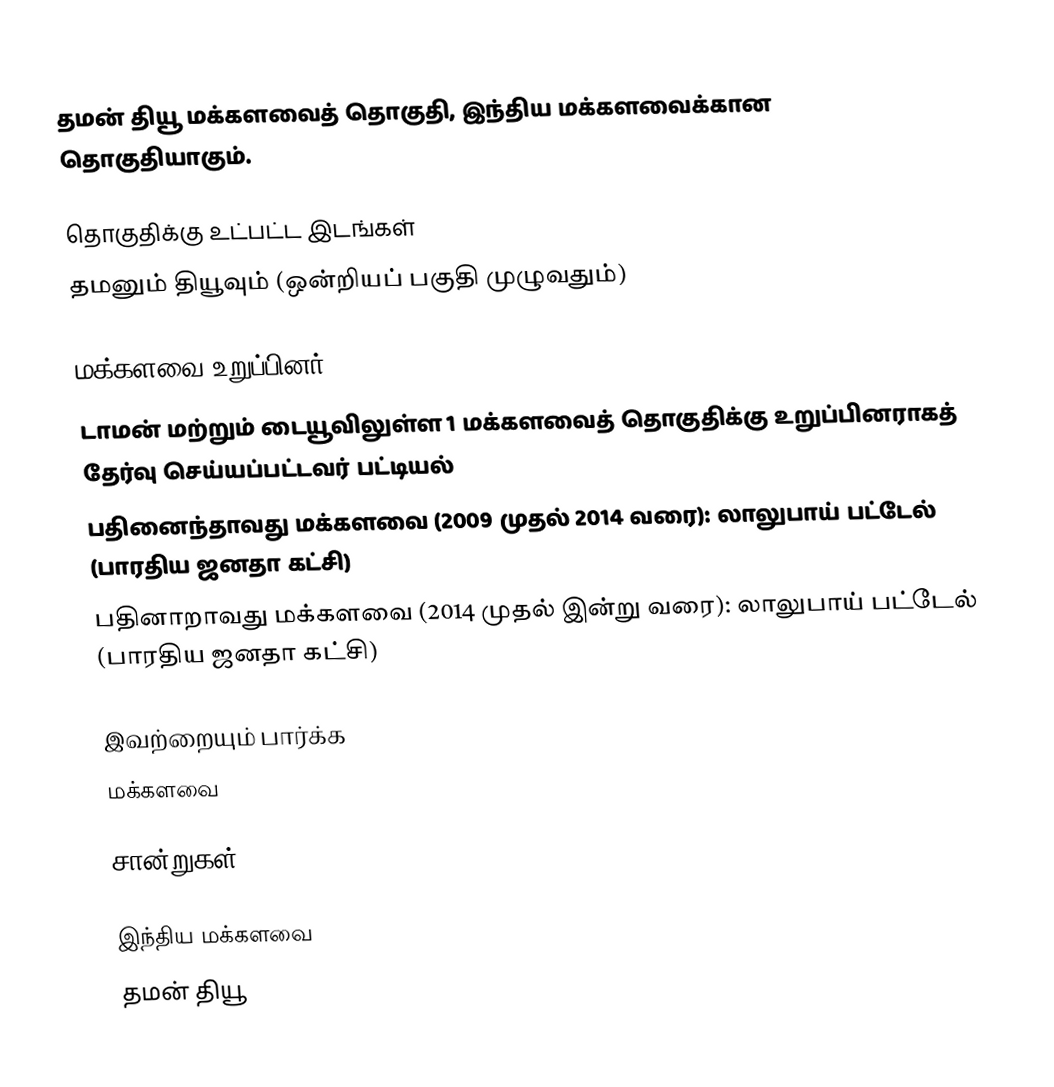
தமன் தியூ மக்களவைத் தொகுதி, இந்திய மக்களவைக்கான தொகுதியாகும்.

தொகுதிக்கு உட்பட்ட இடங்கள்
தமனும் தியூவும் (ஒன்றியப் பகுதி முழுவதும்)

மக்களவை உறுப்பினர்
டாமன் மற்றும் டையூவிலுள்ள 1 மக்களவைத் தொகுதிக்கு உறுப்பினராகத் தேர்வு செய்யப்பட்டவர் பட்டியல்
 பதினைந்தாவது மக்களவை (2009 முதல் 2014 வரை): லாலுபாய் பட்டேல் (பாரதிய ஜனதா கட்சி)
 பதினாறாவது மக்களவை (2014 முதல் இன்று வரை): லாலுபாய் பட்டேல் (பாரதிய ஜனதா கட்சி)

இவற்றையும் பார்க்க
 மக்களவை

சான்றுகள்

இந்திய மக்களவை
தமன் தியூ